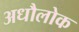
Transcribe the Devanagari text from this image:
अधौलोक